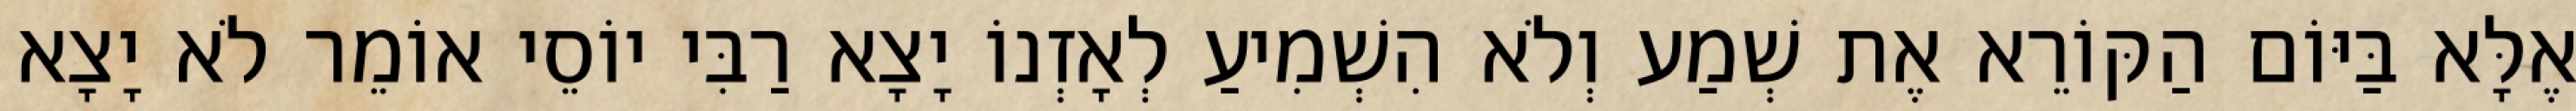
אֶלָּא בַּיּוֹם הַקּוֹרֵא אֶת שְׁמַע וְלֹא הִשְׁמִיעַ לְאָזְנוֹ יָצָא רַבִּי יוֹסֵי אוֹמֵר לֹא יָצָא